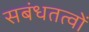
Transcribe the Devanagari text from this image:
सबंधतत्वों